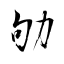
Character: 劬